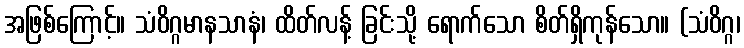
အဖြစ်ကြောင့်။ သံဝိဂ္ဂမာနသာနံ၊ ထိတ်လန့် ခြင်းသို့ ရောက်သော စိတ်ရှိကုန်သော။ (သံဝိဂ္ဂ၊